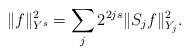
LaTeX: \begin{align*} \| f \|^2_{Y^s} = \sum_j 2^{2js} \| S_{j} f \|^2_{Y_j}.\end{align*}